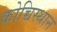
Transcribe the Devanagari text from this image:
कोच्चिस्थान